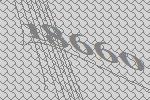
18660